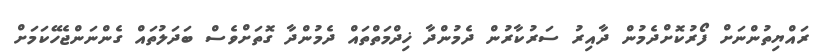
ރައްޔިތުންނަށް ފޯރުކޮށްދެމުން ދާއިރު ސަރުކާރުން ދެމުންދާ ޚިދްމަތްތައް ދެމުންދާ ގޮތަށްވެސް ބަދަލުތައް ގެންނަންޖެހޭކަމަށް